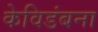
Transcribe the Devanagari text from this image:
केविडंबना